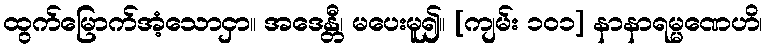
ထွက်မြောက်အံ့သောငှာ။ အဒေန္တီ၊ မပေးမူ၍။ [ကျမ်း ၁၀၁] နာနာရမ္မဏေဟိ၊